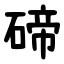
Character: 碲